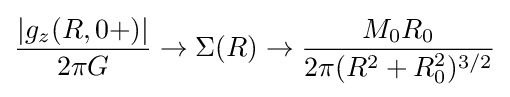
{|g_{z}(R,0+)| \over 2\pi G}\rightarrow \Sigma (R)\rightarrow {M_{0}R_{0} \over 2\pi (R^{2}+R_{0}^{2})^{3/2}}